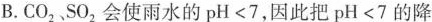
B.CO_{2}、SO_{2}，会使雨水的pH<7，因此把pH<7的降